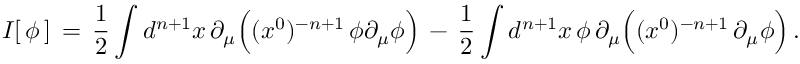
I [ \, \phi \, ] \, = \, { \frac { 1 } { 2 } } \int d ^ { n + 1 } x \, \partial _ { \mu } \Big ( ( x ^ { 0 } ) ^ { - n + 1 } \, \phi \partial _ { \mu } \phi \Big ) \, - \, { \frac { 1 } { 2 } } \int d ^ { n + 1 } x \, \phi \, \partial _ { \mu } \Big ( ( x ^ { 0 } ) ^ { - n + 1 } \, \partial _ { \mu } \phi \Big ) \, .